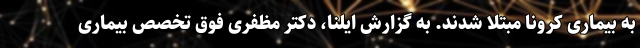
به بیماری کرونا مبتلا شدند. به گزارش ایلنا، دکتر مظفری فوق تخصص بیماری